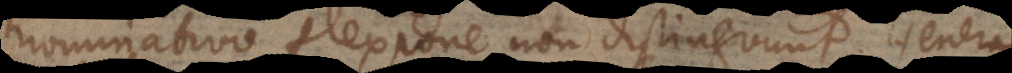
nominativo flexione non distinguunt. Genera